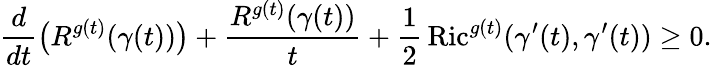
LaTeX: {\frac{d}{dt}}{\big(}R^{g(t)}(\gamma(t)){\big)}+{\frac{R^{g(t)}(\gamma(t))}{t}}+{\frac{1}{2}}\operatorname{Ric}^{g(t)}(\gamma^{\prime}(t),\gamma^{\prime}(t))\geq 0.